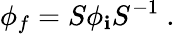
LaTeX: \phi_{f}=S\phi_{\mathbf{i}}S^{-1}~.